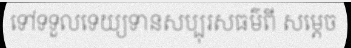
ទៅទទួលទេយ្យទានសប្បុរសធម៌ពី សម្តេច